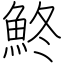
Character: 鮗